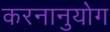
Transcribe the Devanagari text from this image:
करनानुयोग